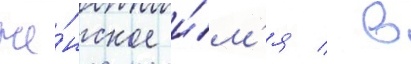
же́нское и́м'я / в